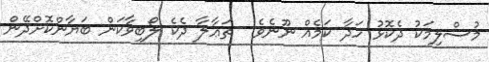
މުސްލިމަކު ދެކޮޅު ހަދާ ކަމެއް ނޫނެވެ.  ތަޢާލާ ދެކެ ލޯބިވާކަން ބަޔާންކޮށްދޭން